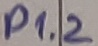
Text: P1.2